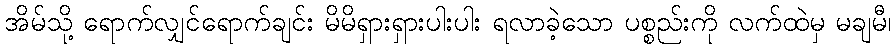
အိမ်သို့ ရောက်လျှင်ရောက်ချင်း မိမိရှားရှားပါးပါး ရလာခဲ့သော ပစ္စည်းကို လက်ထဲမှ မချမီ၊